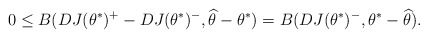
\begin{align*}0 \leq B(DJ(\theta^{\ast})^+ - DJ(\theta^{\ast})^-,\widehat{\theta}-\theta^{\ast}) = B(DJ(\theta^{\ast})^-,\theta^{\ast}-\widehat{\theta}) .\end{align*}